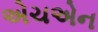
એચએન